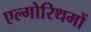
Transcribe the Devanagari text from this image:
एल्गोरिथमों